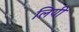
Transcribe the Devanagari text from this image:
लियी